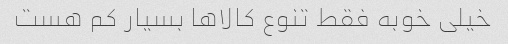
خیلی خوبه فقط تنوع کالاها بسیار کم هست